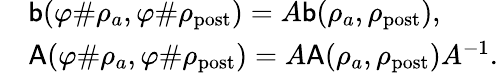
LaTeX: \begin{array}{rl}&{\mathsf{b}(\varphi\# \rho_{a},\varphi\# \rho_{\mathrm{post}})=A\mathsf{b}(\rho_{a},\rho_{\mathrm{post}}),}\\ &{\mathsf{A}(\varphi\# \rho_{a},\varphi\# \rho_{\mathrm{post}})=A\mathsf{A}(\rho_{a},\rho_{\mathrm{post}})A^{-1}.}\end{array}